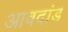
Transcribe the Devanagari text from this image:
आवदांड